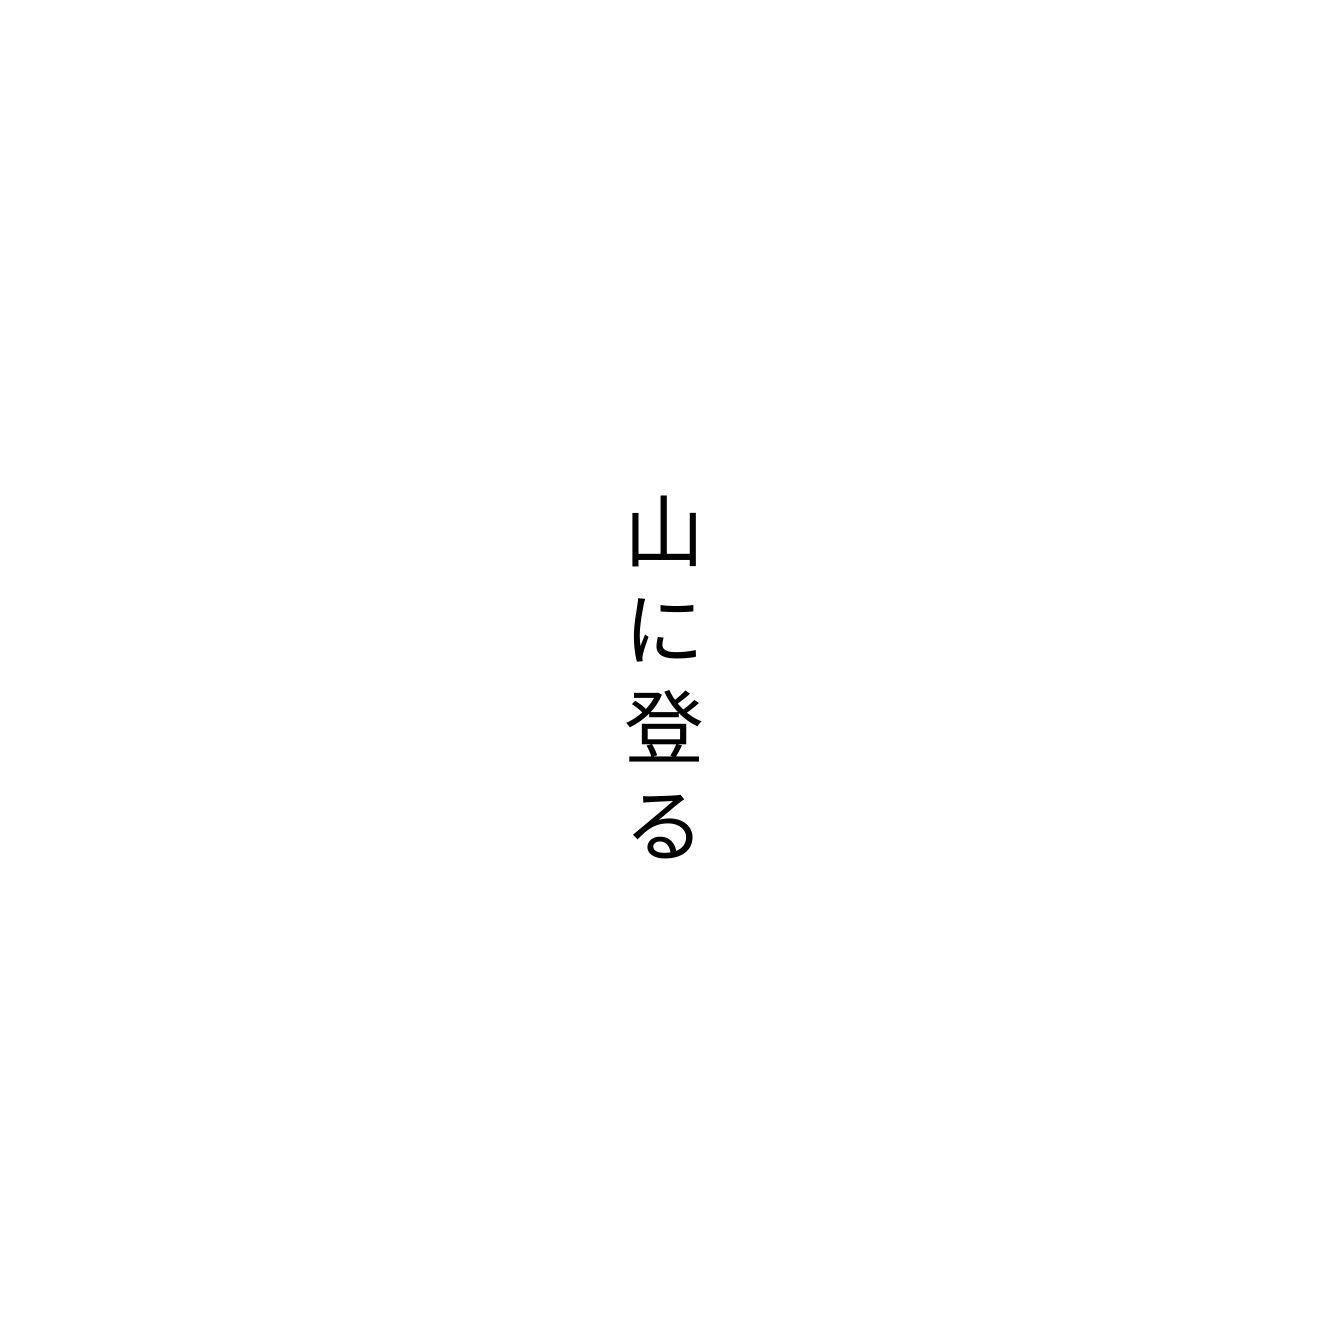
山に登る